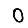
Digit: 0